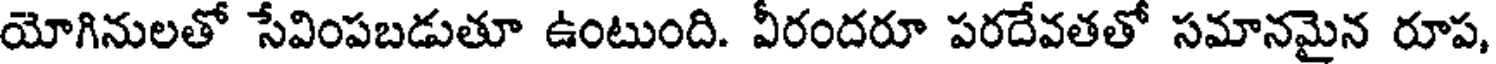
యోగినులతో సేవింపబడుతూ ఉంటుంది. వీరందరూ పరదేవతతో సమానమైన రూప